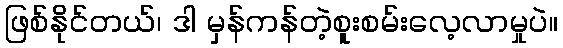
ဖြစ်နိုင်တယ်၊ ဒါ မှန်ကန်တဲ့စူးစမ်းလေ့လာမှုပဲ။